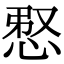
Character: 𢚫